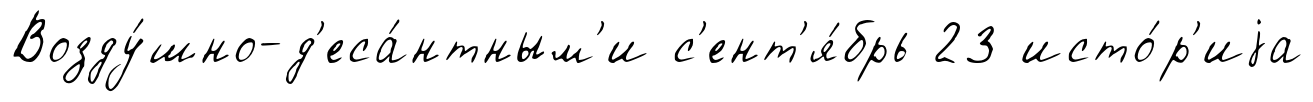
Возду́шно-д'еса́нтным'и с'ент'я́брь 23 исто́р'иjа